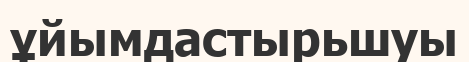
ұйымдастырьшуы